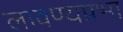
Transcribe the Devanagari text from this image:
लावण्यप्रभा